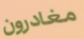
مغادرون